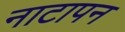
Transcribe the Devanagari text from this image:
नाटापन